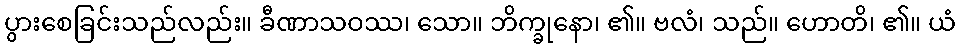
ပွားစေခြင်းသည်လည်း။ ခီဏာသဝဿ၊ သော။ ဘိက္ခုနော၊ ၏။ ဗလံ၊ သည်။ ဟောတိ၊ ၏။ ယံ